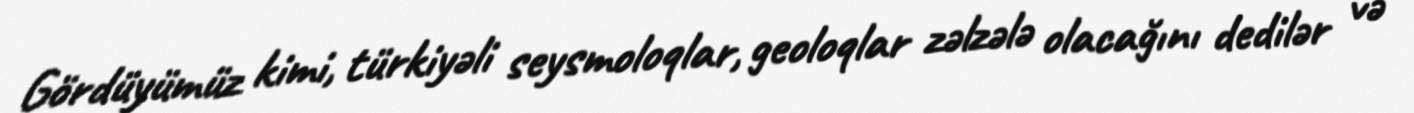
Gördüyümüz kimi, türkiyəli seysmoloqlar, geoloqlar zəlzələ olacağını dedilər və